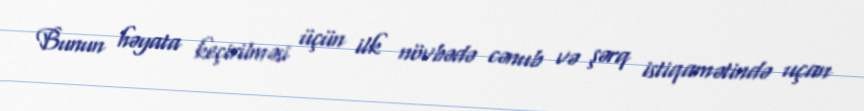
Bunun həyata keçirilməsi üçün ilk növbədə cənub və şərq istiqamətində uçan